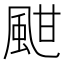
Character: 𩖺